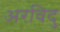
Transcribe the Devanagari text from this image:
अरविदु